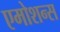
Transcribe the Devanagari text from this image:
एमोशन्स